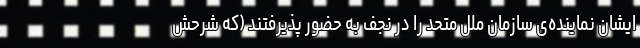
ایشان نماینده‌ی سازمان ملل متحد را در نجف به حضور پذیرفتند (که شرحش